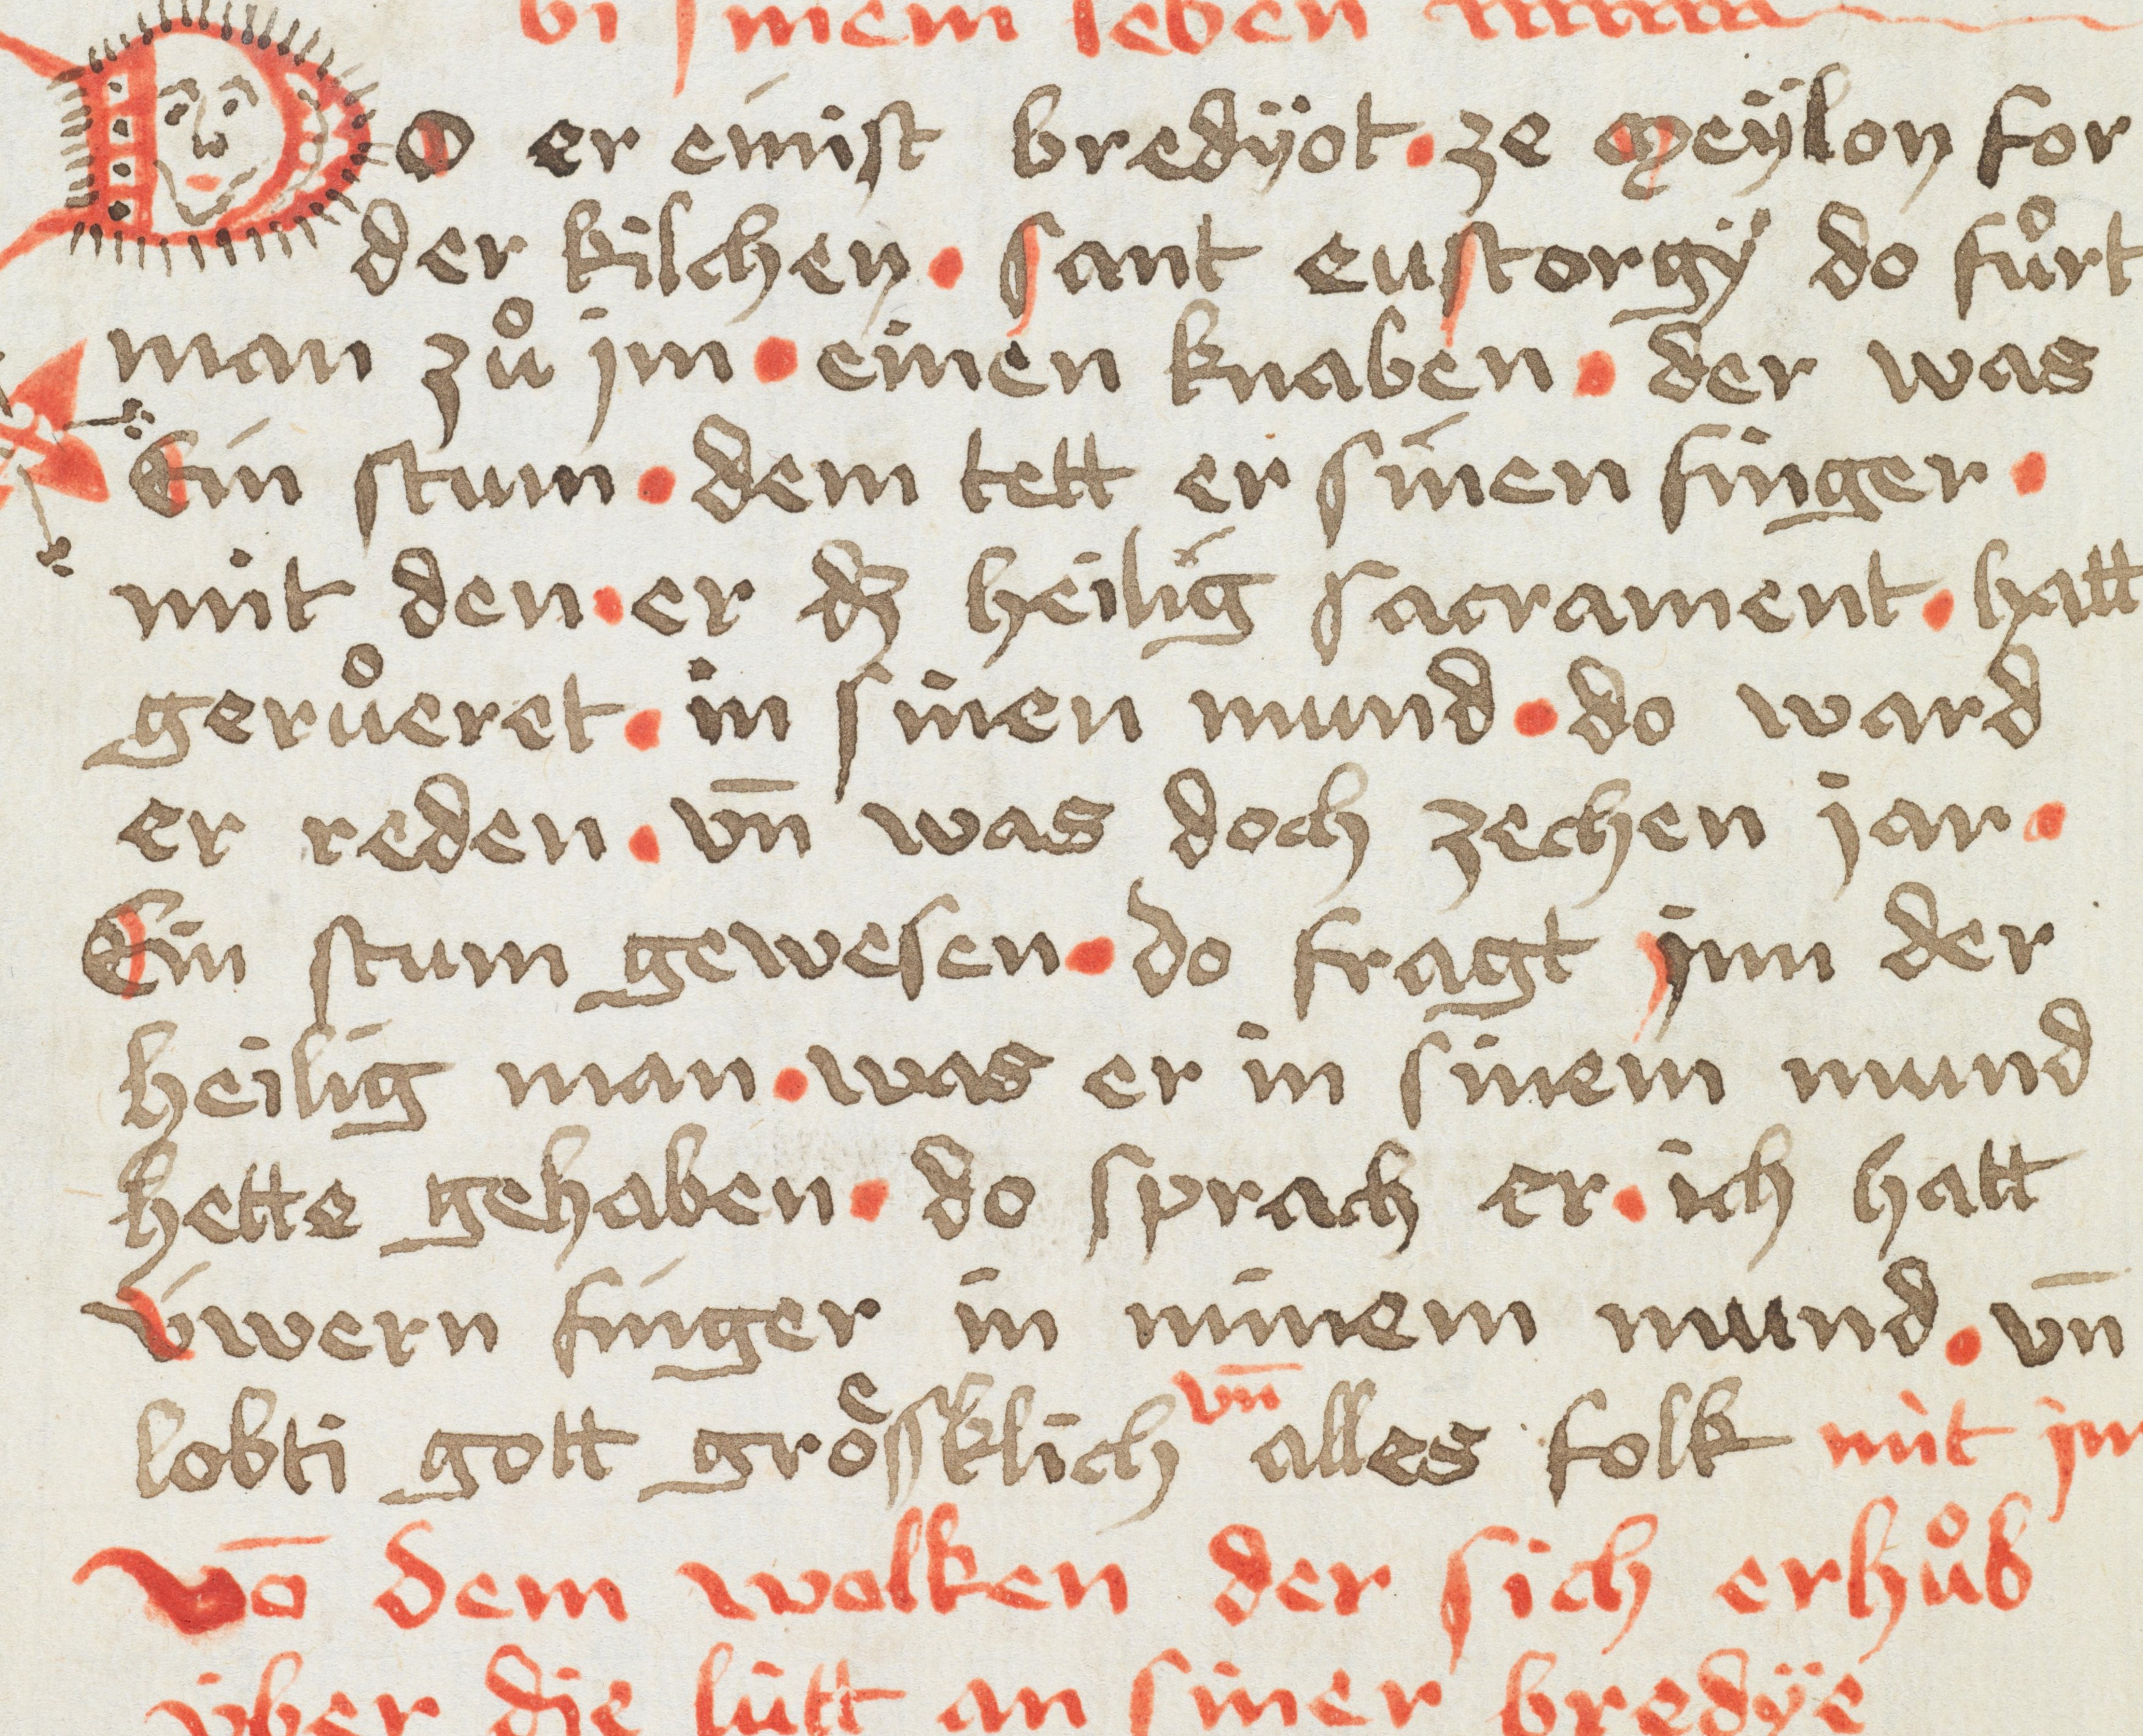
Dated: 1449–1449